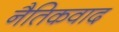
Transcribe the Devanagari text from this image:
नैतिकवाद